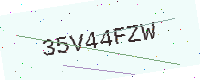
Text: 35V44FZW